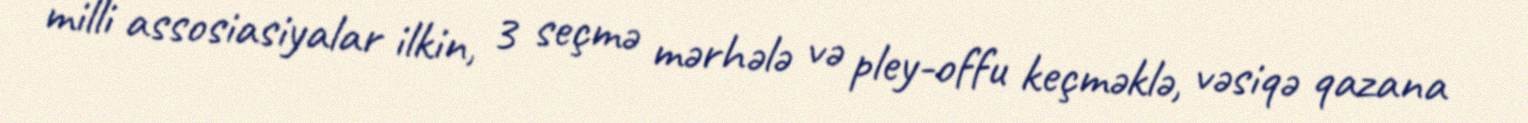
milli assosiasiyalar ilkin, 3 seçmə mərhələ və pley-offu keçməklə, vəsiqə qazana